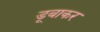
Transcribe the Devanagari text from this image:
डूबाकर